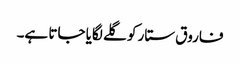
فاروق ستار کو گلے لگایا جاتا ہے۔